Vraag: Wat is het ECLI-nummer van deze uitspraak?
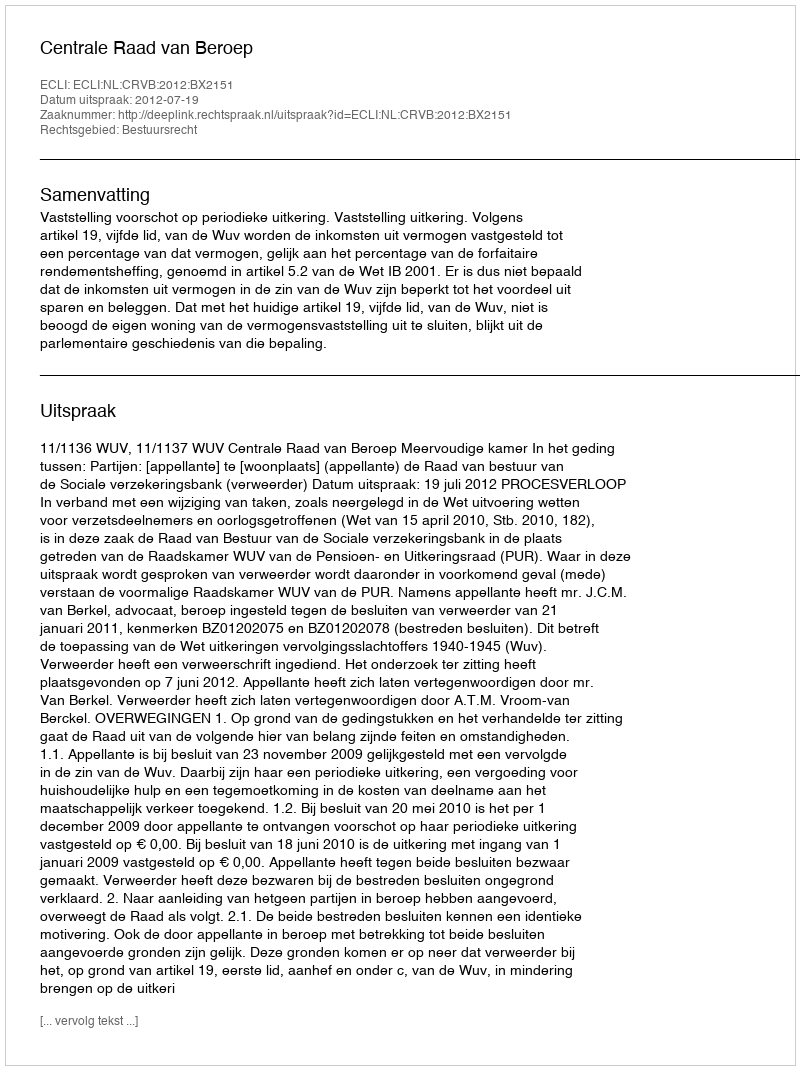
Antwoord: ECLI:NL:CRVB:2012:BX2151